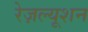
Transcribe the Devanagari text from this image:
रेज़ल्यूशन